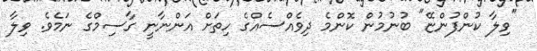
"ވިލާ ކުންފުންޏޭ" ބުނުމުން ކޮންމެ ދިވެއްސެއްގެ ހިތަށް އަންނާނީ ގާސިމްގެ ނަމެވެ. ވިލާ